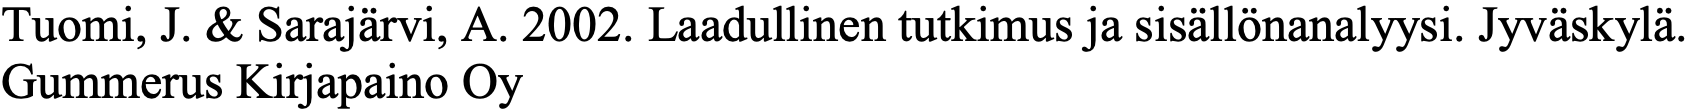
Tuomi, J. & Sarajärvi, A. 2002. Laadullinen tutkimus ja sisällönanalyysi. Jyväskylä. Gummerus Kirjapaino Oy